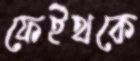
ফেইথকে